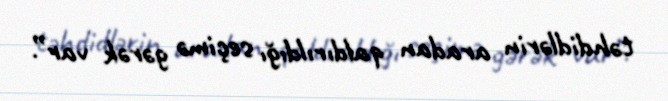
təhdidlərin aradan qaldırıldığı seçimə gərək var”.